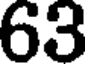
63